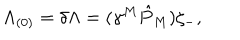
{ \Lambda _ { ( 0 ) } = \delta \Lambda = ( \gamma ^ { M } \hat { P } _ { M } ) \zeta _ { - } , }